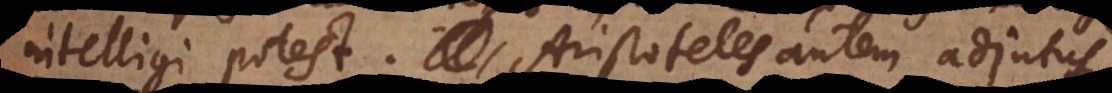
intelligi potest. Aristoteles autem adjutus